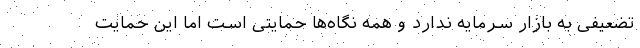
تضعیفی به بازار سرمایه ندارد و همه نگاه‌ها حمایتی است اما این حمایت